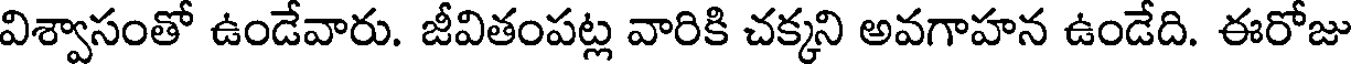
విశ్వాసంతో ఉండేవారు. జీవితంపట్ల వారికి చక్కని అవగాహన ఉండేది. ఈరోజు